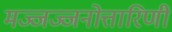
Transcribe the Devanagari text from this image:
मज्जज्जनोत्तारिणी